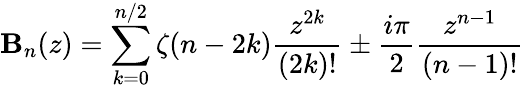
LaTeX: \mathbf{B}_{n}(z)=\sum_{k=0}^{n/2}\zeta(n-2k)\frac{{z^{2k}}}{{(2k)!}}\pm\frac{{i\pi}}{{2}}\frac{{z^{n-1}}}{{(n-1)!}}